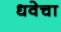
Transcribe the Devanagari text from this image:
धवेचा